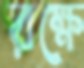
রক্ষে